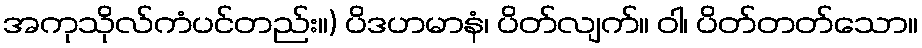
အကုသိုလ်ကံပင်တည်း။) ပိဒဟမာနံ၊ ပိတ်လျက်။ ဝါ၊ ပိတ်တတ်သော။